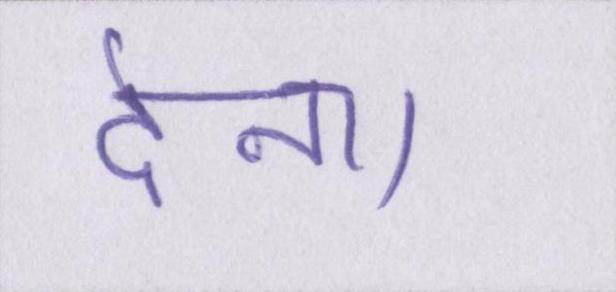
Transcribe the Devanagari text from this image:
देना।